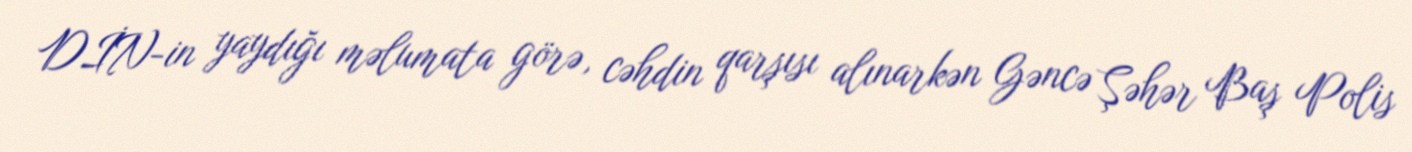
DİN-in yaydığı məlumata görə, cəhdin qarşısı alınarkən Gəncə Şəhər Baş Polis